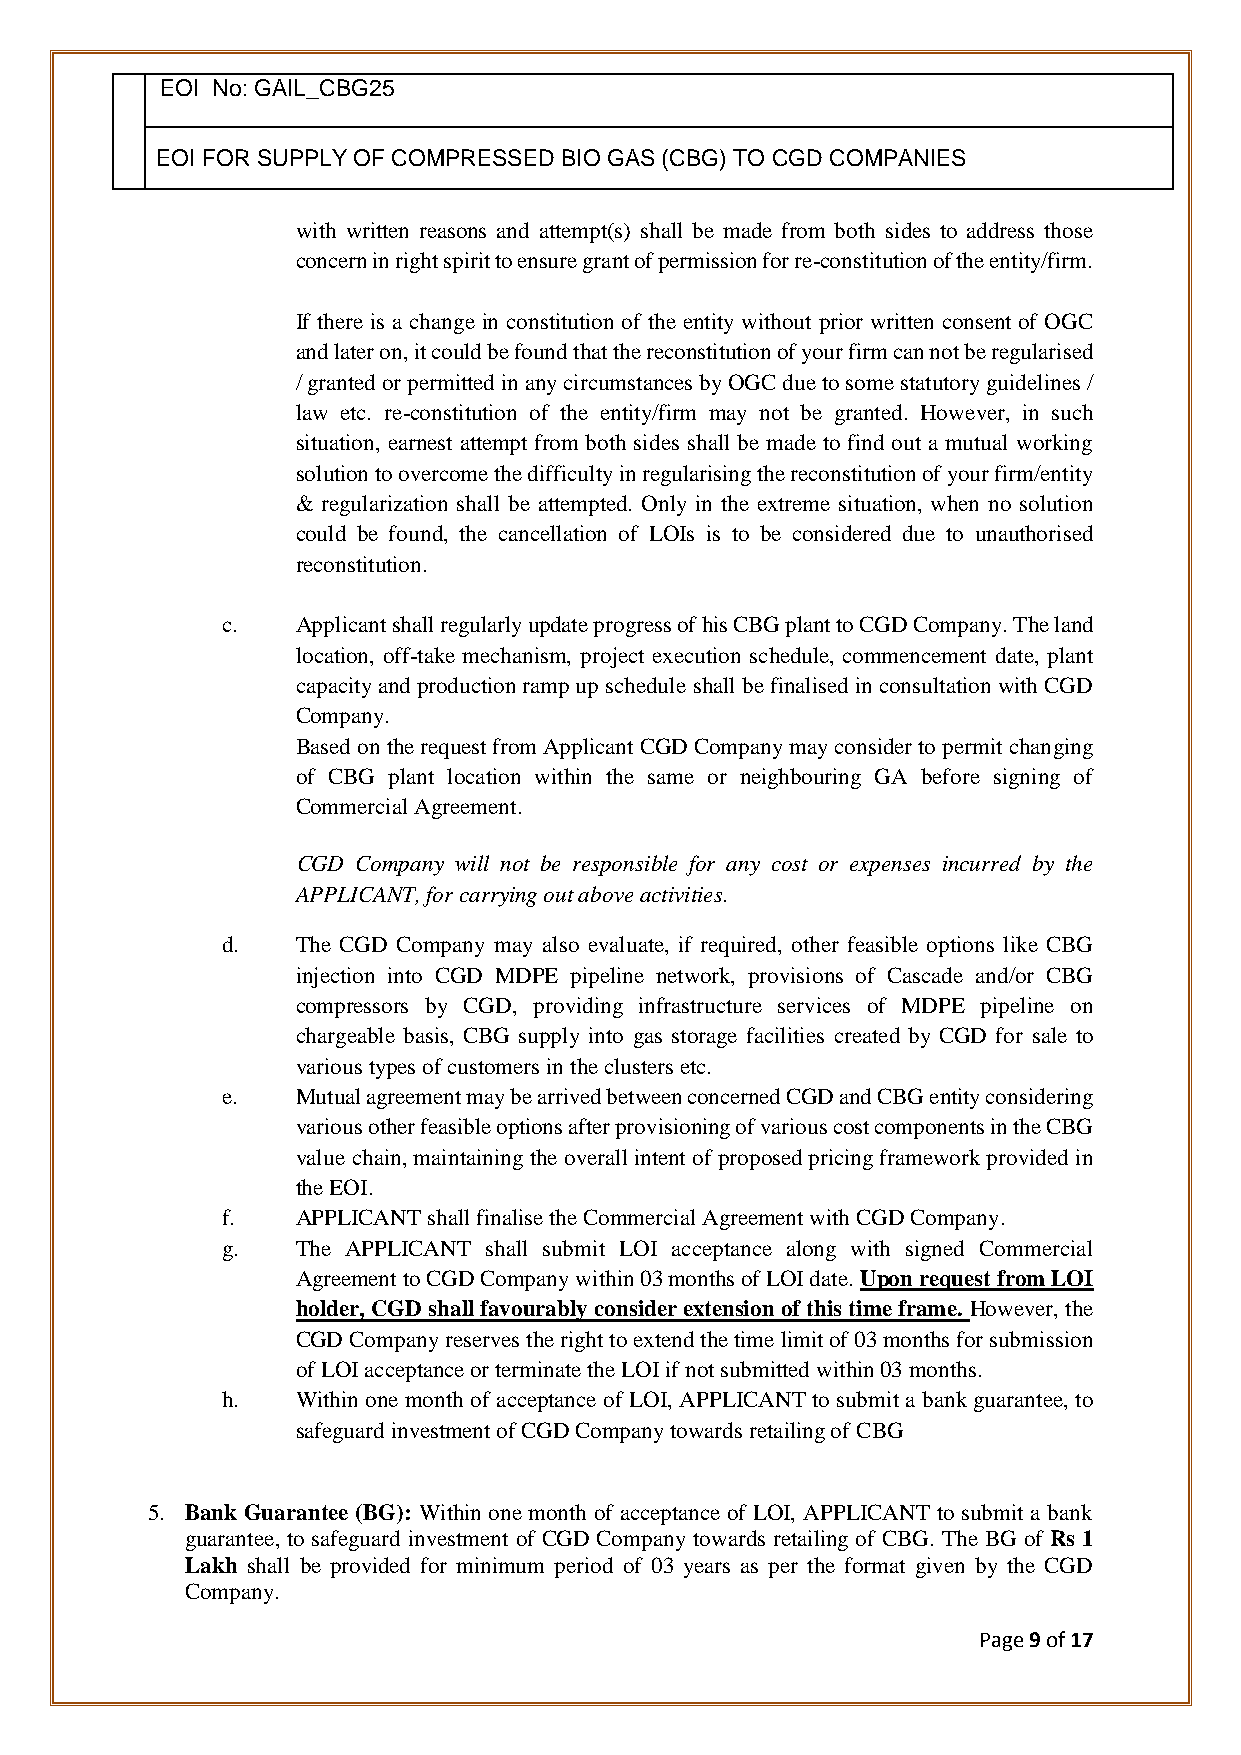
EOI No: GAIL_CBG25
 EOI FOR SUPPLY OF COMPRESSED BIO GAS (CBG) TO CGD COMPANIES
 with written reasons and attempt(s) shall be made from both sides to address those
 concern in right spirit to ensure grant of permission for re-constitution of the entity/firm.
 If there is a change in constitution of the entity without prior written consent of OGC
 and later on, it could be found that the reconstitution of your firm can not be regularised
 / granted or permitted in any circumstances by OGC due to some statutory guidelines /
 law etc. re-constitution of the entity/firm may not be granted. However, in such
 situation, earnest attempt from both sides shall be made to find out a mutual working
 solution to overcome the difficulty in regularising the reconstitution of your firm/entity
 & regularization shall be attempted. Only in the extreme situation, when no solution
 could be found, the cancellation of LOIs is to be considered due to unauthorised
 reconstitution.
 c.   Applicant shall regularly update progress of his CBG plant to CGD Company. The land
 location, off-take mechanism, project execution schedule, commencement date, plant
 capacity and production ramp up schedule shall be finalised in consultation with CGD
 Company.
 Based on the request from Applicant CGD Company may consider to permit changing
 of CBG plant location within the same or neighbouring GA before signing of
 Commercial Agreement.
 CGD Company will not be responsible for any cost or expenses incurred by the
 APPLICANT, for carrying out above activities.
 d.   The CGD Company may also evaluate, if required, other feasible options like CBG
 injection into CGD MDPE pipeline network, provisions of Cascade and/or CBG
 compressors by CGD, providing infrastructure services of MDPE pipeline on
 chargeable basis, CBG supply into gas storage facilities created by CGD for sale to
 various types of customers in the clusters etc.
 e.   Mutual agreement may be arrived between concerned CGD and CBG entity considering
 various other feasible options after provisioning of various cost components in the CBG
 value chain, maintaining the overall intent of proposed pricing framework provided in
 the EOI.
 f.   APPLICANT shall finalise the Commercial Agreement with CGD Company.
 g.   The APPLICANT shall submit LOI acceptance along with signed Commercial
 Agreement to CGD Company within 03 months of LOI date. Upon request from LOI
 holder, CGD shall favourably consider extension of this time frame. However, the
 CGD Company reserves the right to extend the time limit of 03 months for submission
 of LOI acceptance or terminate the LOI if not submitted within 03 months.
 h.   Within one month of acceptance of LOI, APPLICANT to submit a bank guarantee, to
 safeguard investment of CGD Company towards retailing of CBG
 5. Bank Guarantee (BG): Within one month of acceptance of LOI, APPLICANT to submit a bank
 guarantee, to safeguard investment of CGD Company towards retailing of CBG. The BG of Rs 1
 Lakh shall be provided for minimum period of 03 years as per the format given by the CGD
 Company.
 Page 9 of 17